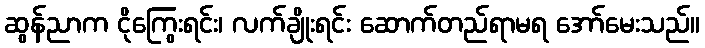
ဆွန်ညာက ငိုကြွေးရင်း၊ လက်ချိုးရင်း ဆောက်တည်ရာမရ အော်မေးသည်။